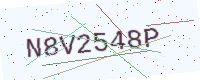
Text: N8V2548P